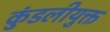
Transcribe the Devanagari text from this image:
कुंडलीयुक्त